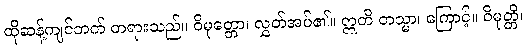
ထိုဆန့်ကျင်ဘက် တရားသည်။ ဝိမုတ္တော၊ လွှတ်အပ်၏။ ဣတိ တသ္မာ၊ ကြောင့်။ ဝိမုတ္တိ၊